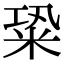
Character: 䊄